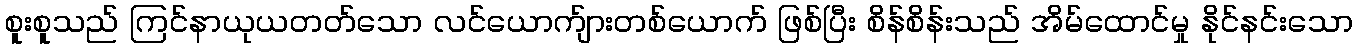
စူးစူသည် ကြင်နာယုယတတ်သော လင်ယောက်ျားတစ်ယောက် ဖြစ်ပြီး စိန်စိန်းသည် အိမ်ထောင်မှု နိုင်နင်းသော